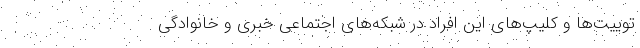
توییت‌ها و کلیپ‌های این افراد در شبکه‌های اجتماعی خبری و خانوادگی